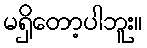
မရှိတော့ပါဘူး။